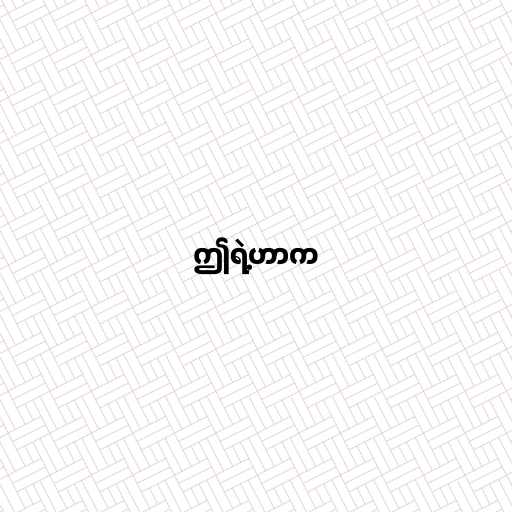
ဤရဲ့ဟာက